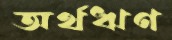
অর্থঋণ